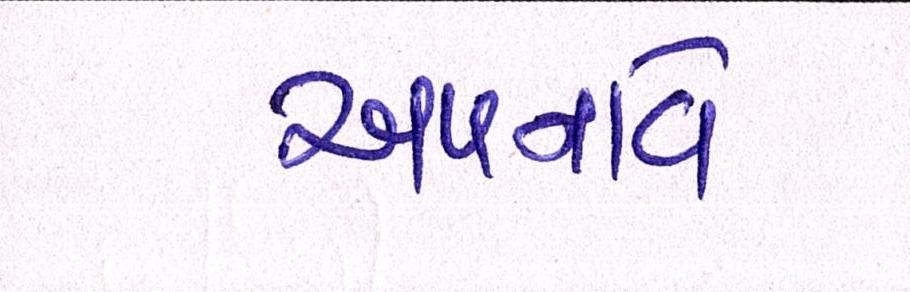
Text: અપનાવે